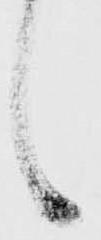
し